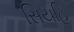
સિયહિ